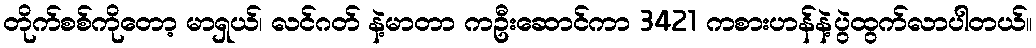
တိုက်စစ်ကိုတော့ မာရှယ်၊ လင်ဂတ် နဲ့မာတာ ကဦးဆောင်ကာ 3421 ကစားဟန်နဲ့ပွဲထွက်လာပါတယ်။